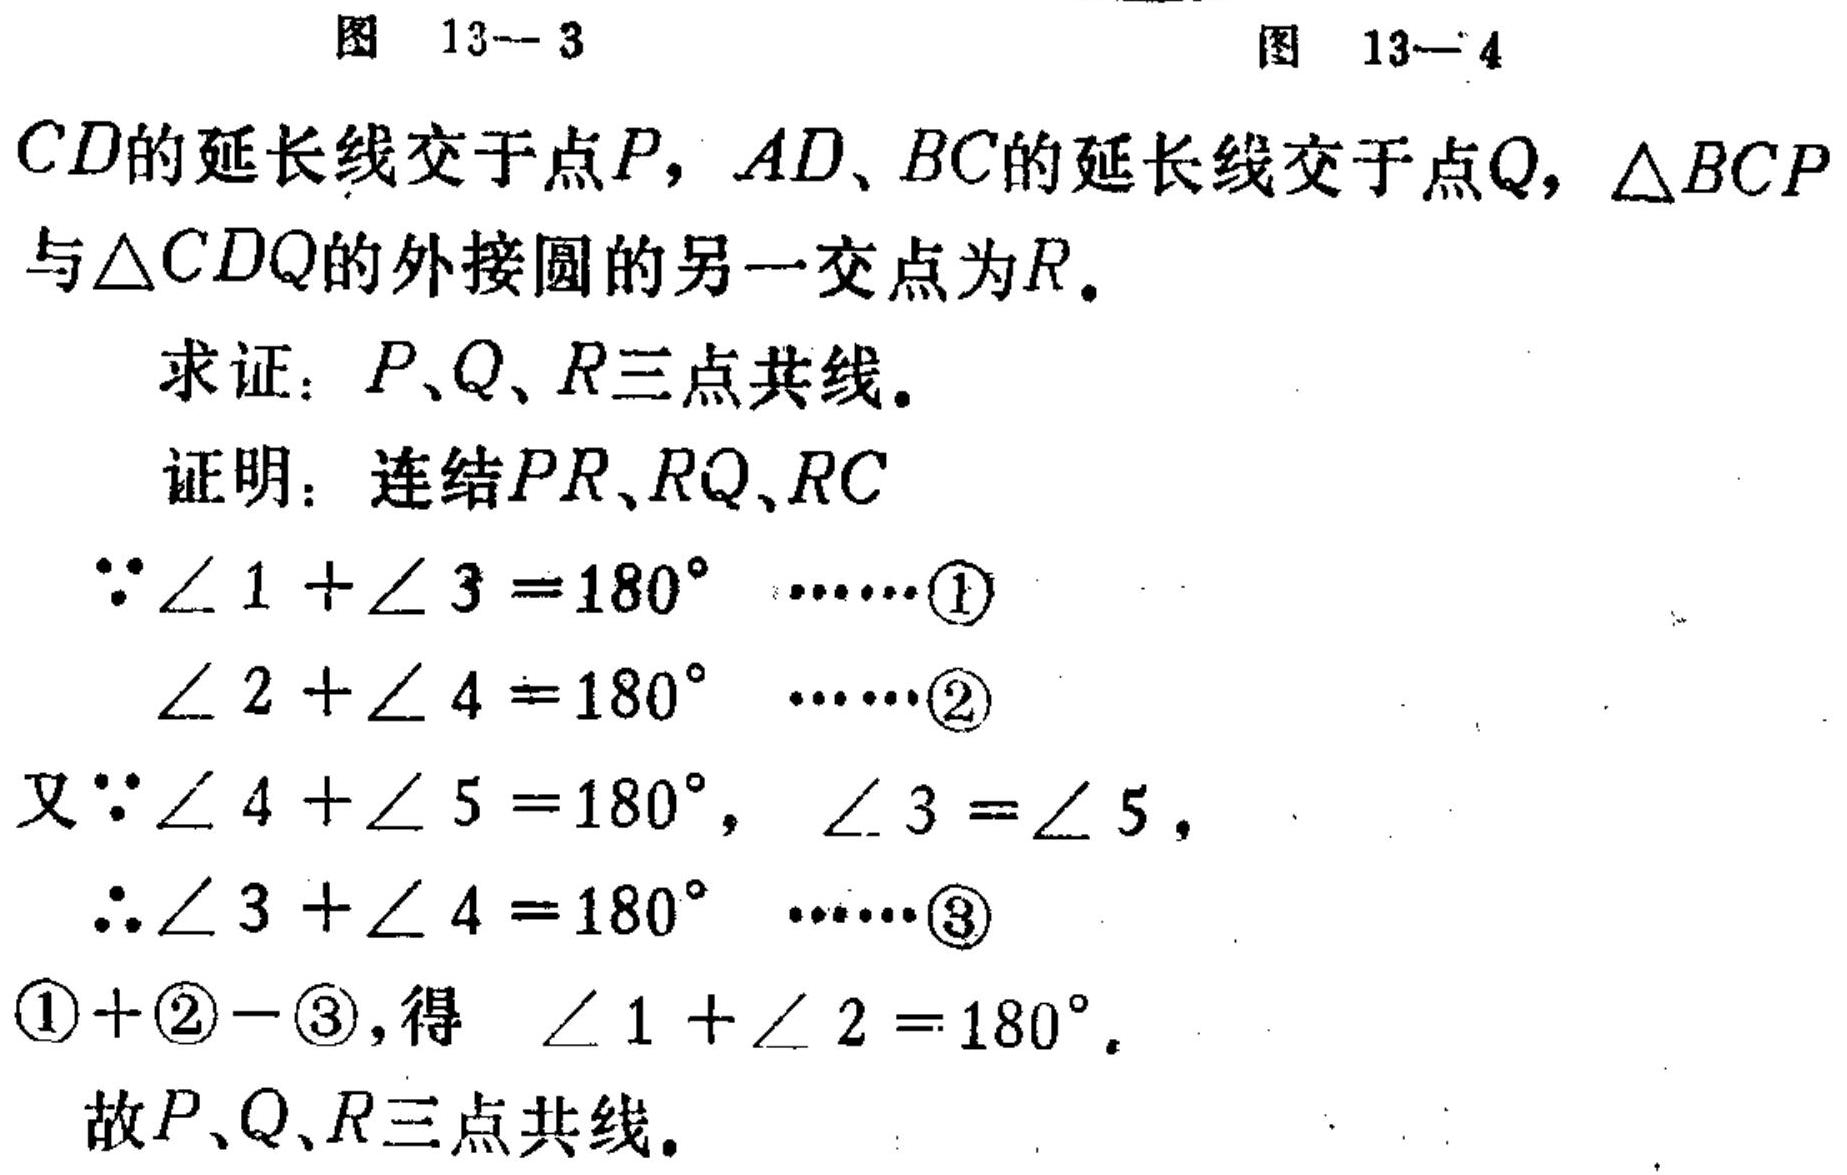
图 13—3  图 13—4
\(CD\)的延长线交于点\(P\)，\(AD\)、\(BC\)的延长线交于点\(Q\)，\(\triangle BCP\)与\(\triangle CDQ\)的外接圆的另一交点为\(R\)。

求证：\(P、Q、R\)三点共线。

证明：连结\(PR、RQ、RC\)
\(\because \angle 1 + \angle 3 = 180^{\circ}\) ......\textcircled{1}
\(\angle 2 + \angle 4 = 180^{\circ}\) ......\textcircled{2}
又\(\because \angle 4 + \angle 5 = 180^{\circ}\)，\(\angle 3 = \angle 5\)，
\(\therefore \angle 3 + \angle 4 = 180^{\circ}\) ......\textcircled{3}
\textcircled{1} + \textcircled{2} - \textcircled{3}，得 \(\angle 1 + \angle 2 = 180^{\circ}\)。
故\(P、Q、R\)三点共线。